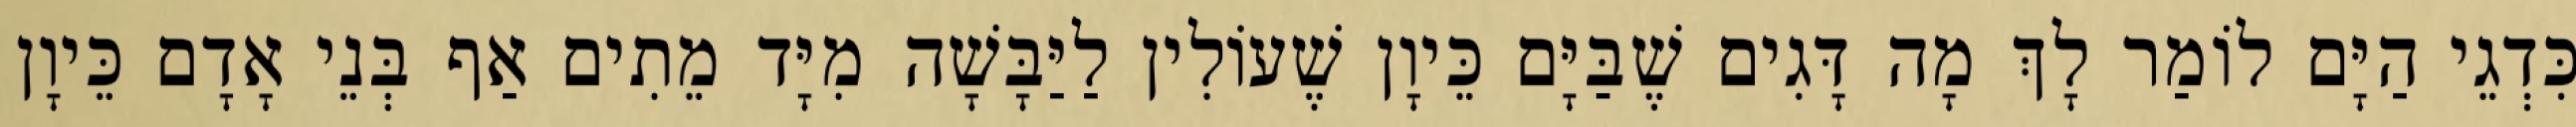
כִּדְגֵי הַיָּם לוֹמַר לָךְ מָה דָּגִים שֶׁבַּיָּם כֵּיוָן שֶׁעוֹלִין לַיַּבָּשָׁה מִיָּד מֵתִים אַף בְּנֵי אָדָם כֵּיוָן